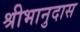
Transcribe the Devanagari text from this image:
श्रीभानुदास